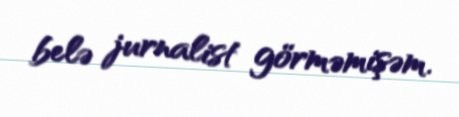
belə jurnalist görməmişəm.